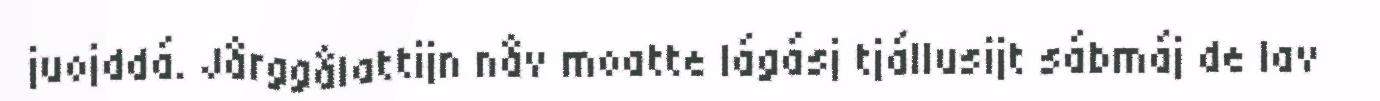
juojddá. Jårggålattijn nåv moatte lágásj tjállusijt sábmáj de lav